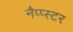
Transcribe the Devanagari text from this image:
नैप्प्स्टर